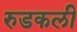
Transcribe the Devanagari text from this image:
रुडकली